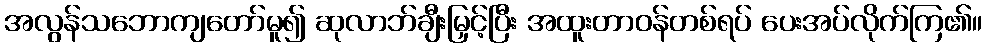
အလွန်သဘောကျတော်မူ၍ ဆုလာဘ်ချီးမြှင့်ပြီး အထူးတာဝန်တစ်ရပ် ပေးအပ်လိုက်ကြ၏။